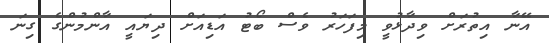
އޭނާ އިތުރަށް ވިދާޅުވީ މިފަހަރު ވެސް ބޯޓު އަޑިއަށް ދިޔައީ އާންމުންގެ ގިނަ